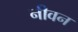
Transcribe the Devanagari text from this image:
नीवन